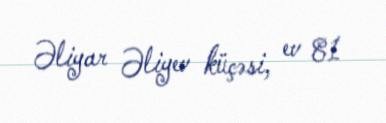
Əliyar Əliyev küçəsi, ev 81